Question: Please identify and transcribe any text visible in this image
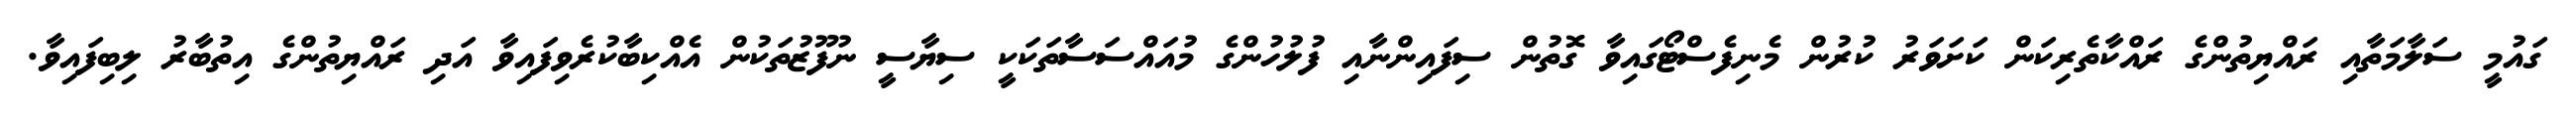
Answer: ގައުމީ ސަލާމަތާއި ރައްޔިތުންގެ ރައްކާތެރިކަން ކަށަވަރު ކުރުން މެނިފެސްޓޯގައިވާ ގޮތުން ސިފައިންނާއި ފުލުހުންގެ މުއައްސަސާތަކަކީ ސިޔާސީ ނުފޫޒުތަކުން އެއްކިބާކުރެވިފައިވާ އަދި ރައްޔިތުންގެ އިތުބާރު ލިބިފައިވާ.